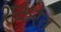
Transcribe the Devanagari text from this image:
शर्करेत